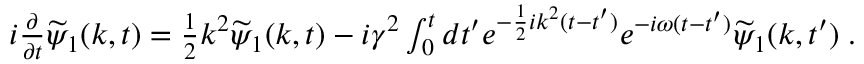
\begin{array} { r } { i \frac { \partial } { \partial t } \widetilde { \psi } _ { 1 } ( k , t ) = \frac { 1 } { 2 } k ^ { 2 } \widetilde { \psi } _ { 1 } ( k , t ) - i \gamma ^ { 2 } \int _ { 0 } ^ { t } d t ^ { \prime } e ^ { - \frac { 1 } { 2 } i k ^ { 2 } ( t - t ^ { \prime } ) } e ^ { - i \omega ( t - t ^ { \prime } ) } \widetilde { \psi } _ { 1 } ( k , t ^ { \prime } ) \; . } \end{array}